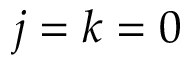
j = k = 0